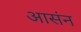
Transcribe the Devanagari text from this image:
आसंन